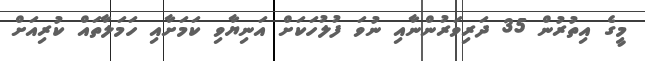
މީގެ އިތުރުން 35 ދަރިވަރުންނާއި ނުވަ ފުލުހަކަށް އަނިޔާވި ކަމަށާއި ހަމަލާތައް ކުރިއަށް